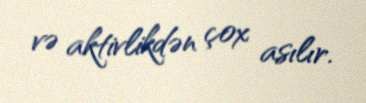
və aktivlikdən çox asılır.